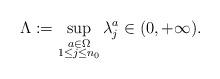
LaTeX: \begin{align*} \Lambda:=\sup_{\substack{ a\in\Omega\\1\leq j\leq n_0}}\lambda_j^a\in(0,+\infty).\end{align*}